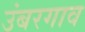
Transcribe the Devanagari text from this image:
उंबरगाव